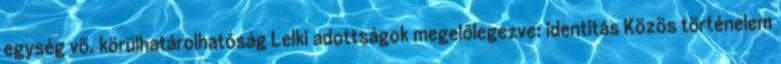
egység vö. körülhatárolhatóság Lelki adottságok megelőlegezve: identitás Közös történelem